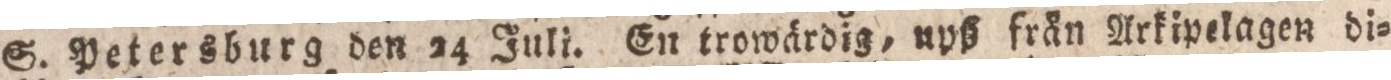
S. Petersburg den 24 Juli. En trowärdig, upß från Arkipelagen di=